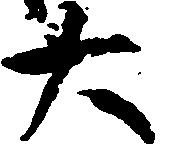
大